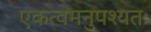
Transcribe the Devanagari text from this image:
एकत्वमनुपश्यतः